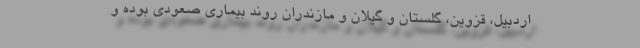
اردبیل، قزوین، گلستان و گیلان و مازندران روند بیماری صعودی بوده و